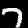
Label: 7